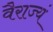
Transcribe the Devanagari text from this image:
वैराज्यं